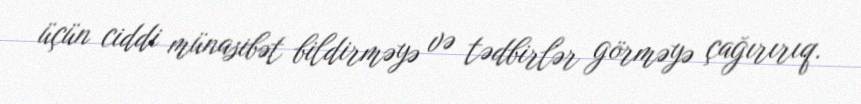
üçün ciddi münasibət bildirməyə və tədbirlər görməyə çağırırıq.